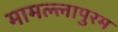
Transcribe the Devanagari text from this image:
मामल्‍लापुरम